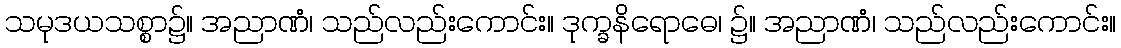
သမုဒယသစ္စာ၌။ အညာဏံ၊ သည်လည်းကောင်း။ ဒုက္ခနိရောဓေ၊ ၌။ အညာဏံ၊ သည်လည်းကောင်း။